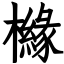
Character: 櫞